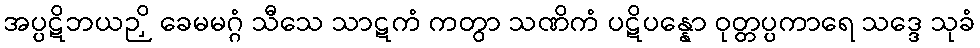
အပ္ပဋိဘယဉှိ ခေမမဂ္ဂံ သီသေ သာဋကံ ကတွာ သဏိကံ ပဋိပန္နော ဝုတ္တပ္ပကာရေ သဒ္ဒေ သုခံ